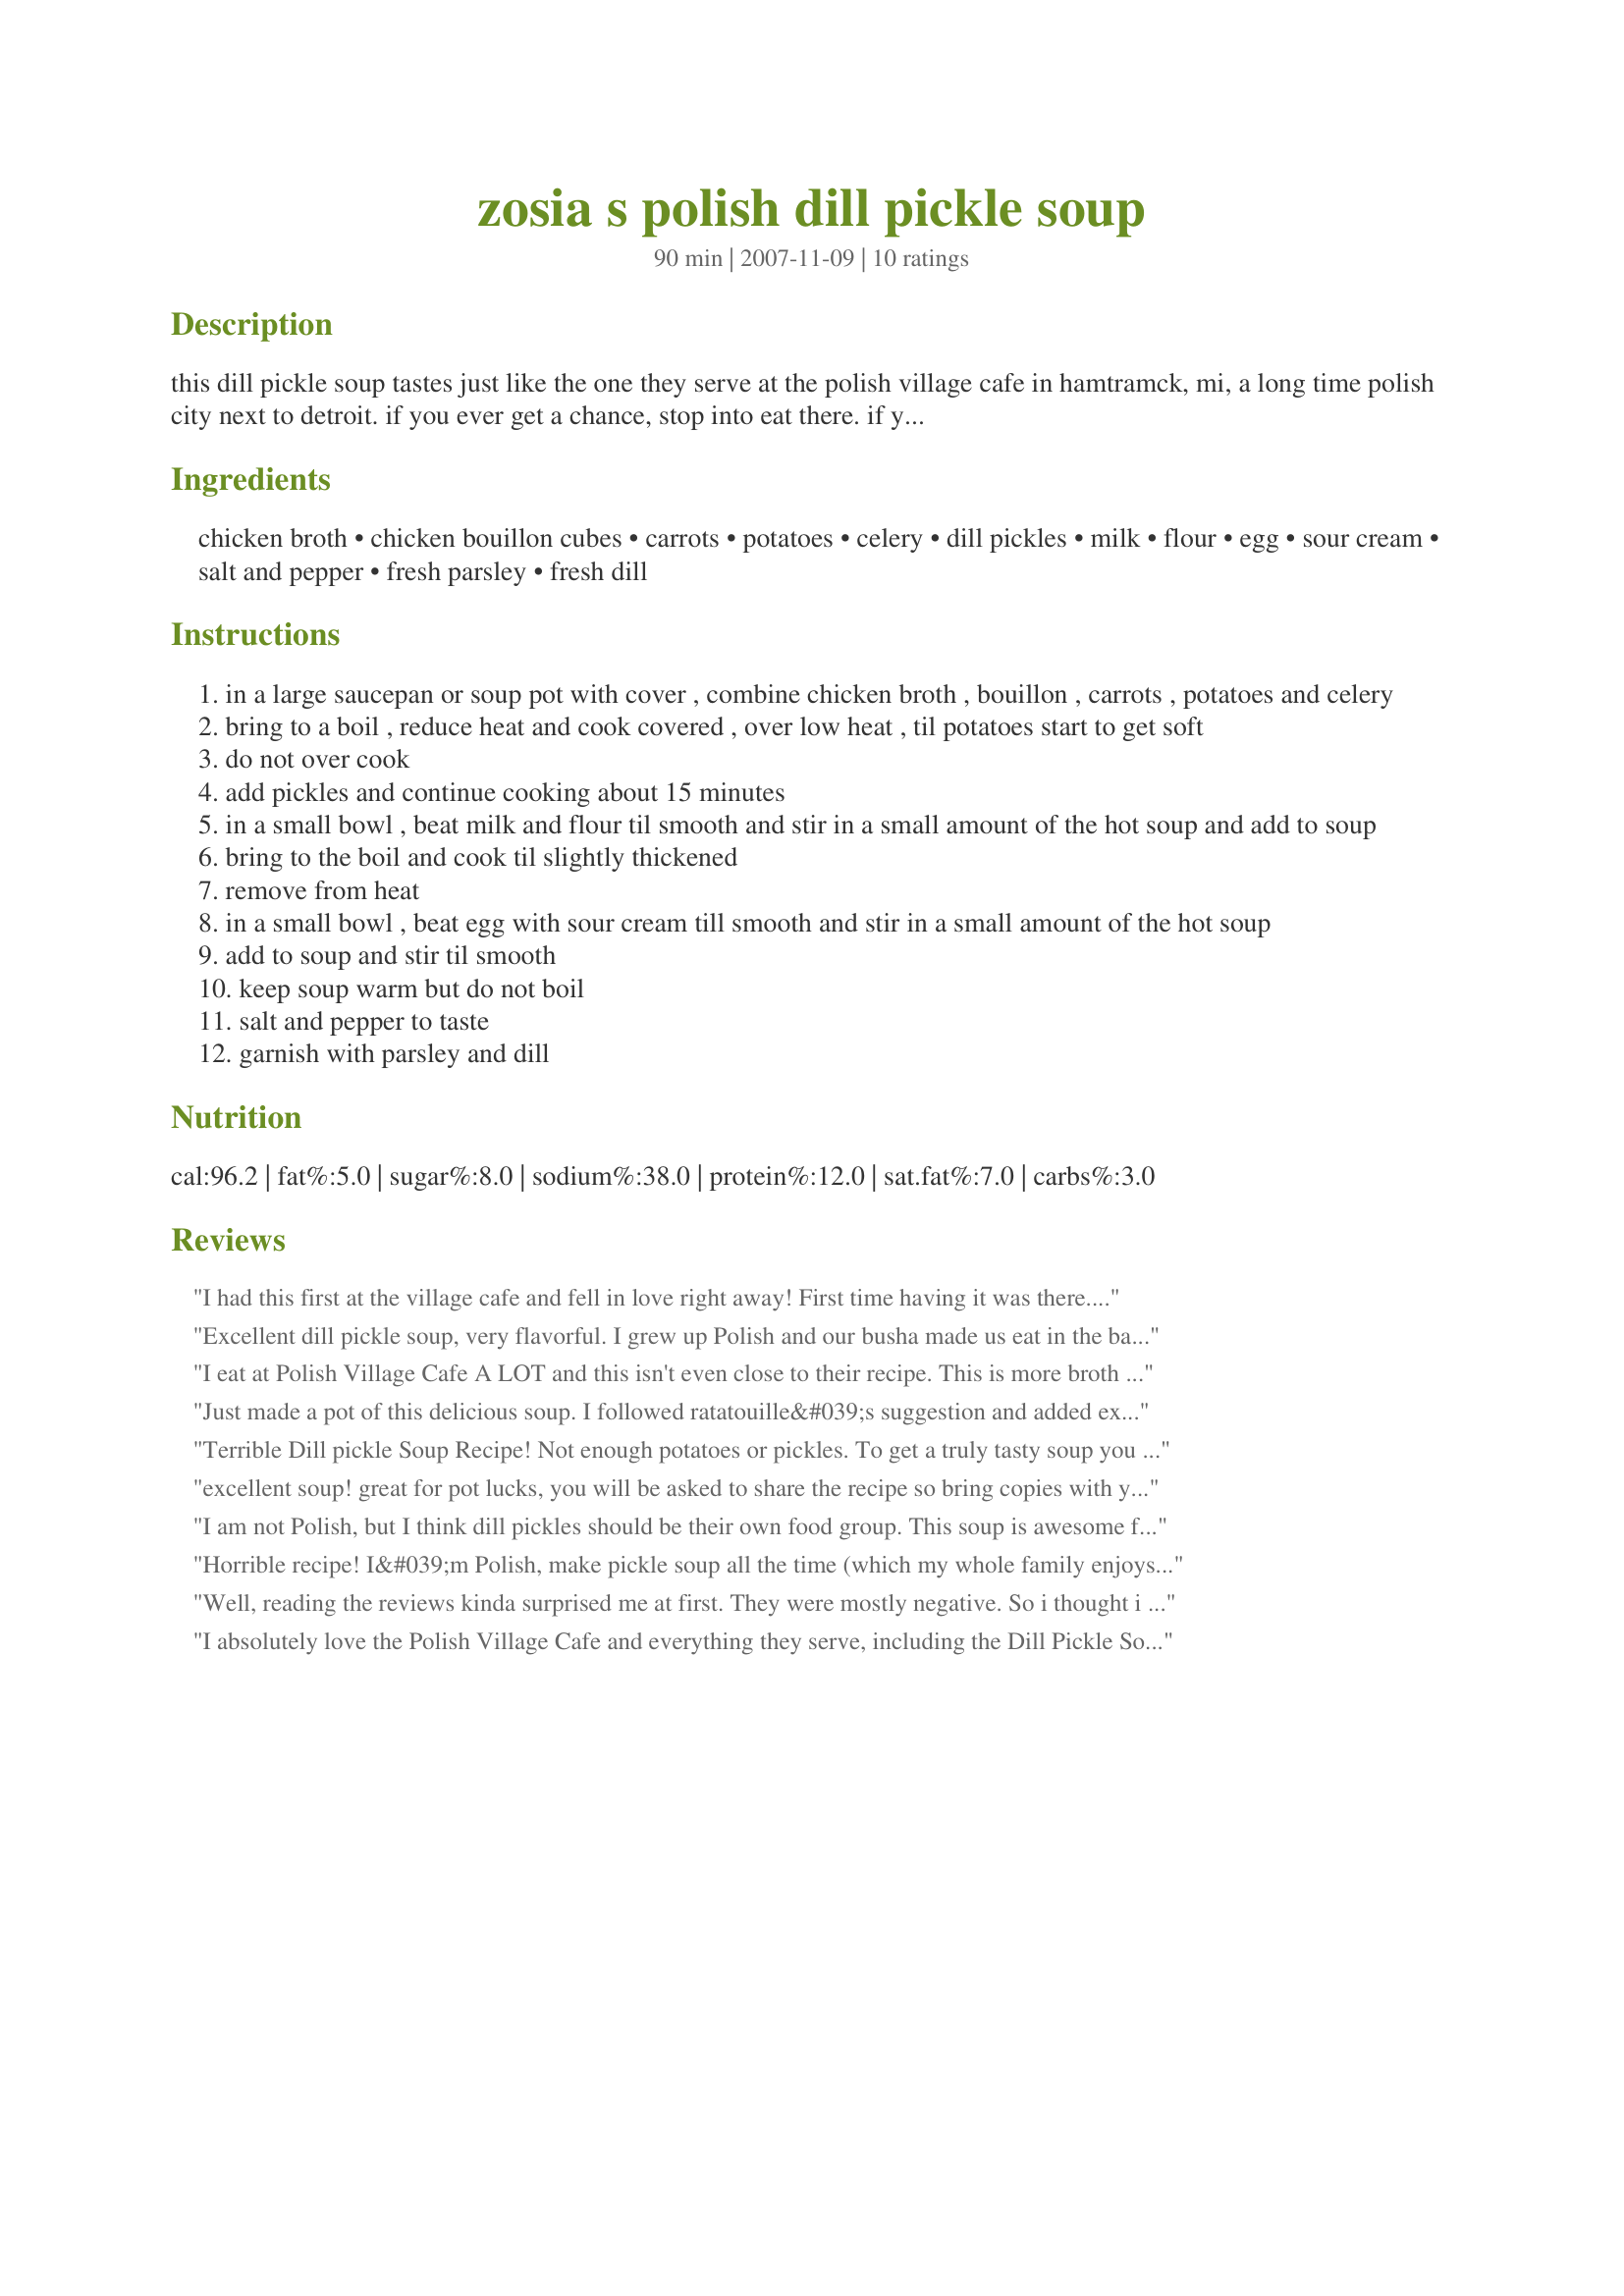
zosia s polish dill pickle soup
Preparation time: 90 minutes

this dill pickle soup tastes just like the one they serve at the polish village cafe in hamtramck, mi, a long time polish city next to detroit. if you ever get a chance, stop into eat there. if you grew up polish, it feels like you're eating in grandma's basement. enjoy!

Ingredients:
chicken broth, chicken bouillon cubes, carrots, potatoes, celery, dill pickles, milk, flour, egg, sour cream, salt and pepper, fresh parsley, fresh dill

Steps:
in a large saucepan or soup pot with cover , combine chicken broth , bouillon , carrots , potatoes and celery
bring to a boil , reduce heat and cook covered , over low heat , til potatoes start to get soft
do not over cook
add pickles and continue cooking about 15 minutes
in a small bowl , beat milk and flour til smooth and stir in a small amount of the hot soup and add to soup
bring to the boil and cook til slightly thickened
remove from heat
in a small bowl , beat egg with sour cream till smooth and stir in a small amount of the hot soup
add to soup and stir til smooth
keep soup warm but do not boil
salt and pepper to taste
garnish with parsley and dill

Reviews:
I had this first at the village cafe and fell in love right away! First time having it was there. Came home and found the recepie on line. I’ve been making it now every year for about 8 years. My kids love it and are always asking me to make it. Only thing different I do is blend it just a little with an immersion blender and add a little cream. So yummy!!
Excellent dill pickle soup, very flavorful. I grew up Polish and our busha made us eat in the basement, too.. whats up with that? lol.
I eat at Polish Village Cafe A LOT and this isn't even close to their recipe. This is more broth based and the restaurant is more cream based. The recipe also needs a little more potatoes.

I had other people in my family taste it for comparison, but I'm sorry NOTHING comes close! :/
Just made a pot of this delicious soup. I followed ratatouille&#039;s suggestion and added extra potatoes, milk, sour cream and I also added about half a cup of pickle juice cuz I like that bite. I served it up with some toasted rye bread and it was the perfect accompaniment. The only thing missing was a Polish beer :) This is a keeper! Thank you for sharing!
Terrible Dill pickle Soup Recipe!
Not enough potatoes or pickles. To get a truly tasty soup you use some of the the pickle brine.
Nothing like Polish Village Cafe.
excellent soup! great for pot lucks, you will be asked to share the recipe so bring copies with you. tastes exactly like the dill pickle soup served at the Polish Village Cafe in Hamtramck, also known as Zosia's (the restaurant in the basement)
I am not Polish, but I think dill pickles should be their own food group. This soup is awesome for the dill pickle lover!
Horrible recipe! I&#039;m Polish, make pickle soup all the time (which my whole family enjoys). Decided to try this new recipe. Boy did I regret it! Kids did not want to eat it and Hubby pretended to like it. One person was right when they mentioned a true pickle soup recipe requires brine. I guess this might be tasty for someone who dosen&#039;t know good pickle soup, but for those of us who know good soup....trust me, don&#039;t waste your time or appetite on this one!!! Yuck!!
Well, reading the reviews kinda surprised me at first. They were mostly negative. So i thought i would use them to "tweek" this recipe before i made it. I used three cups of potatoes instead of two...cut into very small cubes and used a whole cup of half and half instead of a half cup of milk..and added one more spoon of flour. Also i increased the sour cream to 8 ounces and all i can say is "WOW"!!! the recipe has the right ingredients and method...just needed an adjustment. I have been going to polish village for 20 years and i applaud them...this soup the way i made it is probably as close as you can get without actually going there!!!
I absolutely love the Polish Village Cafe and everything they serve, including the Dill Pickle Soup! I agree that theirs is creamier, so I 3X's the milk content using 3/4c of milk and 3/4c of heavy cream - that gave it the right creaminess. I also increased the flour to 3TB. Not sure what role the egg plays in the soup, but I do have to say my overall consistency was a bit too thick, but that could be my error on letting it thicken too long. It also had a slight grainy texture, but again maybe my error somehwere in the cooking process! Love this stuff! Goes great with fresh rye bread and homemade pierogies on the side!
